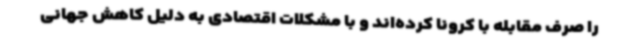
را صرف مقابله با کرونا کرده‌اند و با مشکلات اقتصادی به دلیل کاهش جهانی